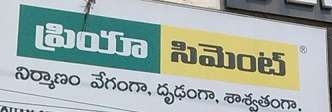
Language: telugu
Transcription: శాశ్వతంగా. ప్రియా సిమెంట్ నిర్మాణం వేగంగా, దృఢంగా,